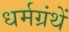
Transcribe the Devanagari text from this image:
धर्मग्रंथें